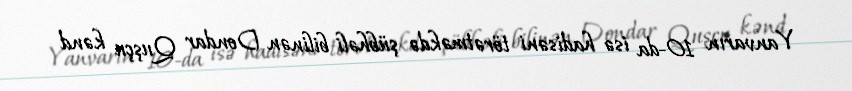
Yanvarın 10-da isə hadisəni törətməkdə şübhəli bilinən Dondar Quşçu kənd